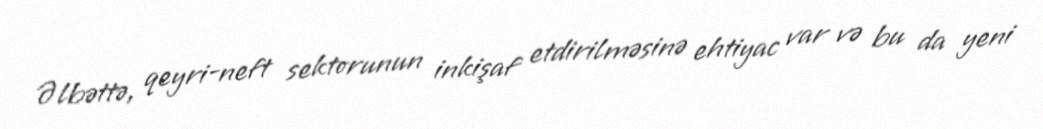
Əlbəttə, qeyri-neft sektorunun inkişaf etdirilməsinə ehtiyac var və bu da yeni